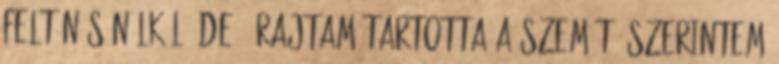
feltűnés nélkül, de ő rajtam tartotta a szemét. Szerintem